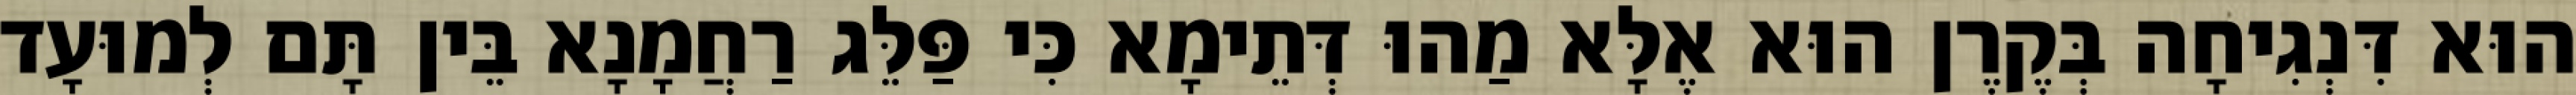
הוּא דִּנְגִיחָה בְּקֶרֶן הוּא אֶלָּא מַהוּ דְּתֵימָא כִּי פַּלֵּג רַחֲמָנָא בֵּין תָּם לְמוּעָד